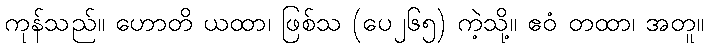
ကုန်သည်။ ဟောတိ ယထာ၊ ဖြစ်သ (ပေ၂၆၅) ကဲ့သို့။ ဧဝံ တထာ၊ အတူ။